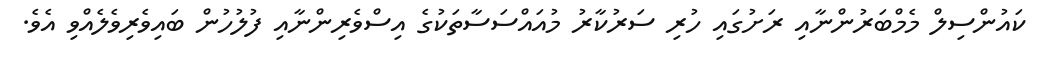
ކައުންސިލް މެމްބަރުންނާއި ރަށުގައި ހުރި ސަރުކާރު މުއައްސަސާތަކުގެ އިސްވެރިންނާއި ފުލުހުން ބައިވެރިވެލެއްވި އެވެ.